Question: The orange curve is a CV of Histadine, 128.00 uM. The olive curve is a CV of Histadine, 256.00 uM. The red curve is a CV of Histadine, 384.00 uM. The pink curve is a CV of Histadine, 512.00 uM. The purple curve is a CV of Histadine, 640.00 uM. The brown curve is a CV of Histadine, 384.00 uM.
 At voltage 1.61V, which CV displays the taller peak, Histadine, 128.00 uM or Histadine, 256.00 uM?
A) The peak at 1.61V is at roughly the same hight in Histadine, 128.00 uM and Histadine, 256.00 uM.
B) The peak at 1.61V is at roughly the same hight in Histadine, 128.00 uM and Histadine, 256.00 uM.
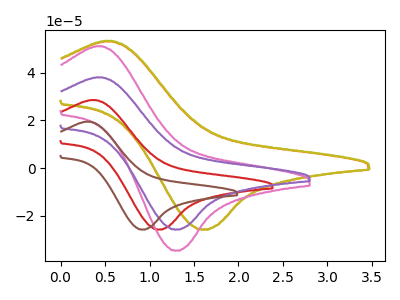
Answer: <think>The orange curve "Histadine, 128.00 uM" has an anodic peak at (0.55V, 53.00uA) and a cathodic peak at (1.60V, -25.65uA). The olive curve "Histadine, 256.00 uM" has an anodic peak at (0.55V, 53.25uA) and a cathodic peak at (1.60V, -25.65uA). The red curve "Histadine, 384.00 uM" has an anodic peak at (0.35V, 28.45uA) and a cathodic peak at (1.10V, -25.70uA). The pink curve "Histadine, 512.00 uM" has an anodic peak at (0.45V, 50.95uA) and a cathodic peak at (1.30V, -34.50uA). The purple curve "Histadine, 640.00 uM" has an anodic peak at (0.45V, 37.95uA) and a cathodic peak at (1.30V, -25.70uA). The brown curve "Histadine, 384.00 uM" has an anodic peak at (0.30V, 19.40uA) and a cathodic peak at (0.95V, -25.70uA).</think>
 <answer>B) The peak at 1.61V is at roughly the same hight in "Histadine, 128.00 uM" and "Histadine, 256.00 uM".</answer>
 <eval>B</eval>